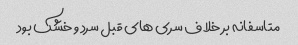
متاسفانه بر خلاف سری های قبل سرد و خشک بود